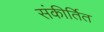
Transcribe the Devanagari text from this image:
संकीर्तित